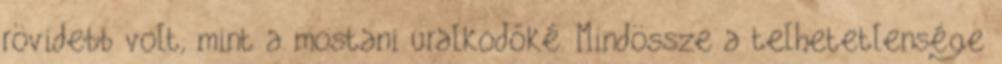
rövidebb volt, mint a mostani uralkodóké. Mindössze a telhetetlensége